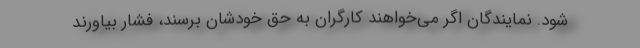
شود. نمایندگان اگر می‌خواهند کارگران به حق خودشان برسند، فشار بیاورند